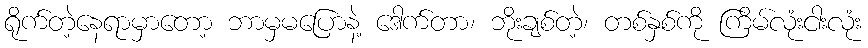
ရိုက်တဲ့နေရာမှာတော့ ဘာမှမပြောနဲ့ ဒေါက်တာ၊ ဘိုးချစ်တဲ့၊ တစ်နှစ်ကို ကြိမ်လုံးငါးလုံး